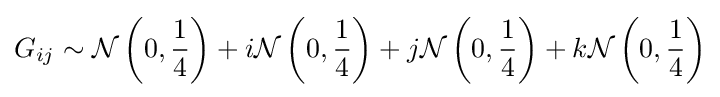
G_{ij}\sim {\mathcal {N}}\left(0,{\frac {1}{4}}\right)+i{\mathcal {N}}\left(0,{\frac {1}{4}}\right)+j{\mathcal {N}}\left(0,{\frac {1}{4}}\right)+k{\mathcal {N}}\left(0,{\frac {1}{4}}\right)